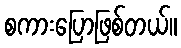
စကားပြောဖြစ်တယ်။